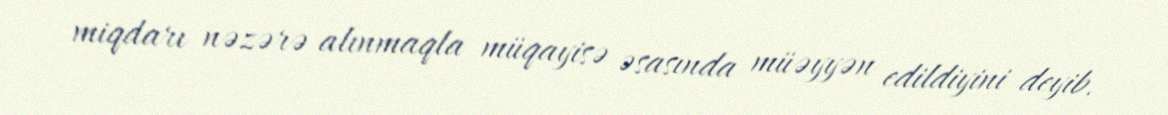
miqdarı nəzərə alınmaqla müqayisə əsasında müəyyən edildiyini deyib.